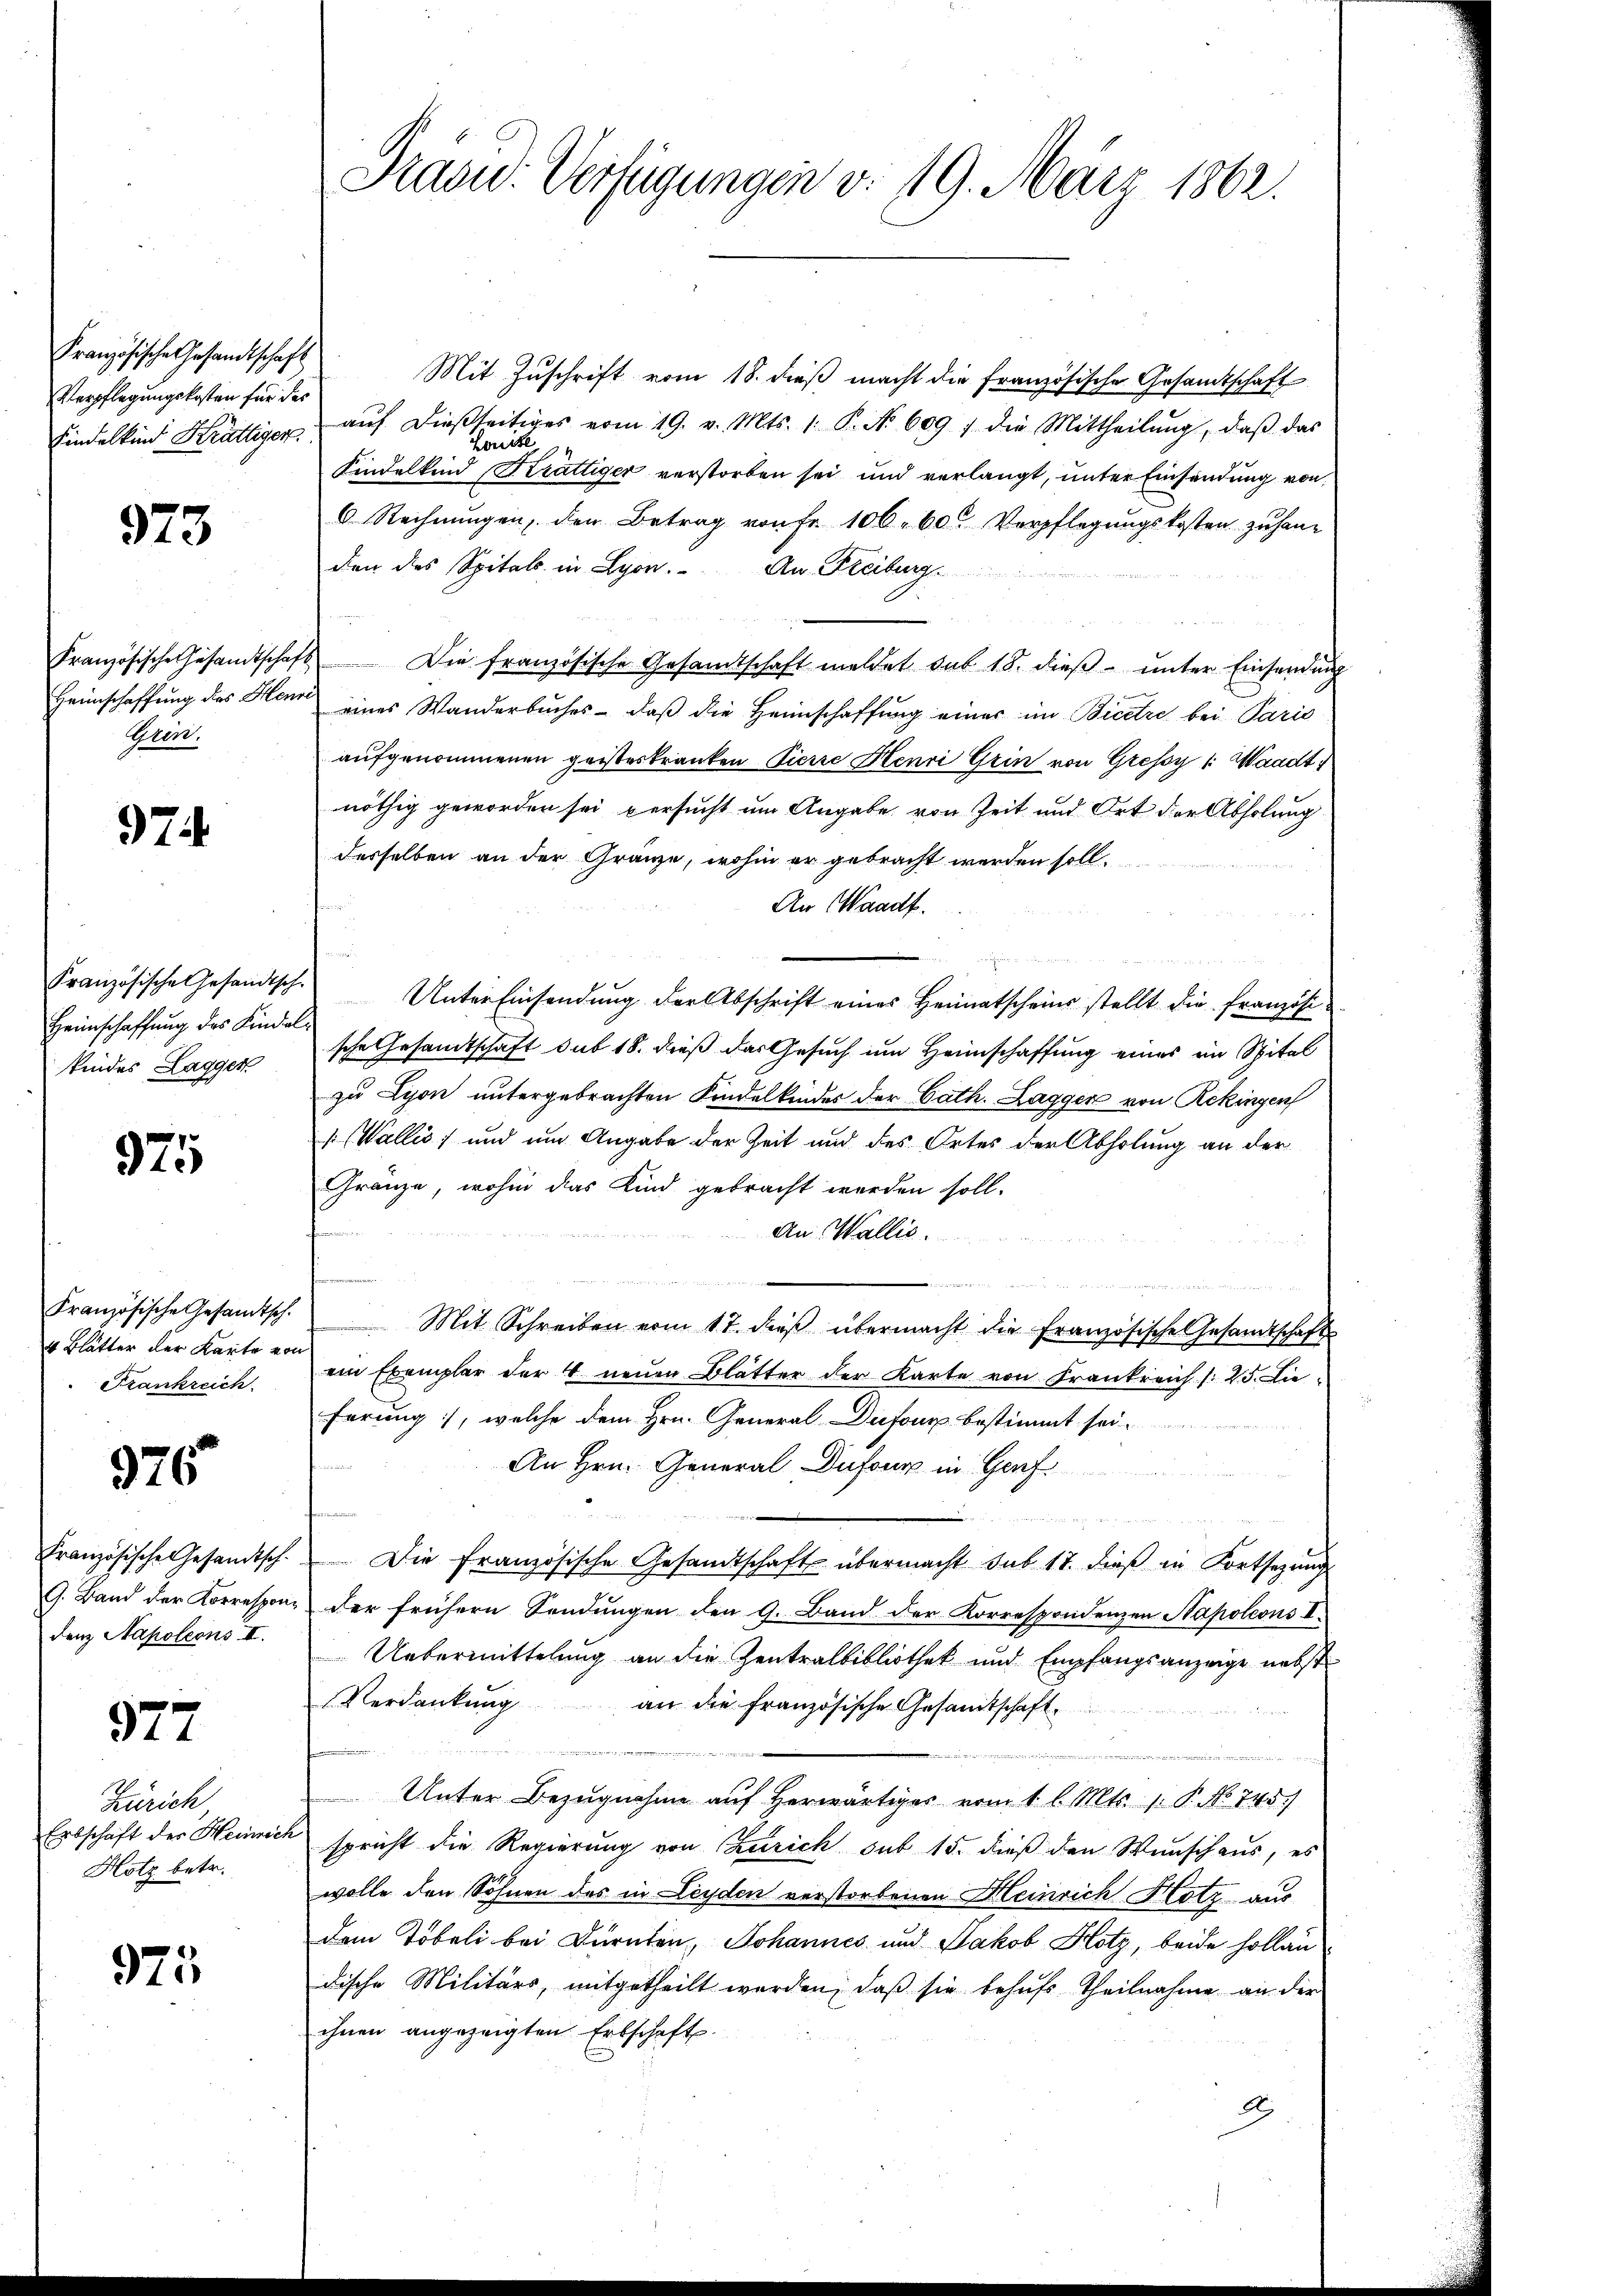
Französische Gesandtschaft
Verpflegungskosten für das

973

Gren.

974

Heimschaffung des Kindel
kindes Laggen

975

4 Blätter der Karte von
Frankreich

976

9. Band der Korrespondenz Napoleons II.

577

Zürich
Erbschaft des Heinric
Hotz betr.

975

Traad: Verfügungen v. 119. März 1862.

Mit Zuschrift vom 18. dieß macht die französische Gesandtschaft
Findelkind Krattiger aŭf dießseitiges vom 19. v. Mts. 1. P. No. 609 / die Mittheilŭng, daβ das
Kindelkind Krattiger verstorben sei und verlangt, unter Einsendung von
6. Rechnŭngen, den Betrag von Fr. 106. 60. Verpflegŭngskosten zŭ han
den des Spitals in Lyon. An Freiburg
Französische Gesamtschaft. Die französische Gesandtschaft meldet sub. 18. dieβ ŭnter Einsendung
Heimschaffung des Horn eines Wanderbuches - daß die Heimschaffung einer im Bicetze bei Paris
aufgenommenen geisteskranken Pierre Henri Grin von Gressy 1: Waadt)
nöthig geworden sei versucht um Angabe von Zeit und Ort der Abholung
desselben an der Gränze, wohin er gebracht werden soll.
An Waadt.
d
 x 2
Französische Gesandtsch. Unter Einsendŭng der Abschrift eines Heimatscheine stellt die Französi-
sche Gesandtschaft sub 18. dieß das Gesuch um Heimschaffung eines im Spital
zu Lyon untergebrachten Kindelkindes der Cath. Lagger von Rekingen
Wallis, und um Angabe der Zeit und des Ortes der Abholung an der
Gränze, wohin das Kind gebracht werden soll.
An Wallis.
Französische Gesamtsch. Mit Schreiben vom 17. dieβ übermacht die französische Gesandtschaft
ein Exemplar der 4 neuen Blätter der Karte von Frankreich /: 25. Die
ferung, welche dem Hrn. General-Dufour bestimmt sei.
An Hrn. General Dufour in Genf.

Französische Gesandtsch. Die französische Gesandtschaft übermacht sub 17. dieß in Fortsetzung
der frühern Sendungen den 9. Band der Korrespondenzen Napoleons I.
Uebermittelung an die Zentralbibliothek und Empfangsanzeige nebst
Verdankung
an die Französische Gesandtschaft
Unter Bezugnahme auf herwärtiges vom 1 l. Mts. 1. P. No 745.)
spricht die Regierung von Zürich sub 15. dieß den Wunschaus, es
wolle den Söhnen des in Leyden verstorbenen Meinrich Hotz aus
dem Töbeli bei Dürnten, Johannes und Jakob Hotz, beide Hollau
dische Militärs, mitgetheilt worden, daß sie behufs Theilnahme an der
ihnen angezeigten Erbschaft.
2